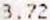
3.72